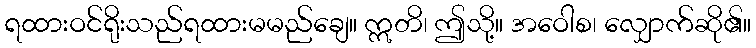
ရထားဝင်ရိုးသည်ရထားမမည်ချေ။ ဣတိ၊ ဤသို့။ အဝေါစ၊ လျှောက်ဆို၏။